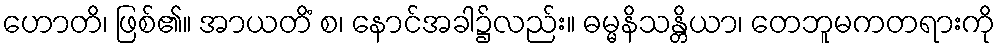
ဟောတိ၊ ဖြစ်၏။ အာယတိံ စ၊ နောင်အခါ၌လည်း။ ဓမ္မနိသန္တိယာ၊ တေဘူမကတရားကို